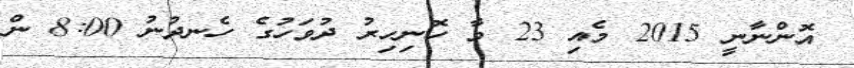
އޮންނާނީ 2015 މެއި 23 ވާ ހޮނިހިރު ދުވަހުގެ ހެނދުނު 8:00 ން